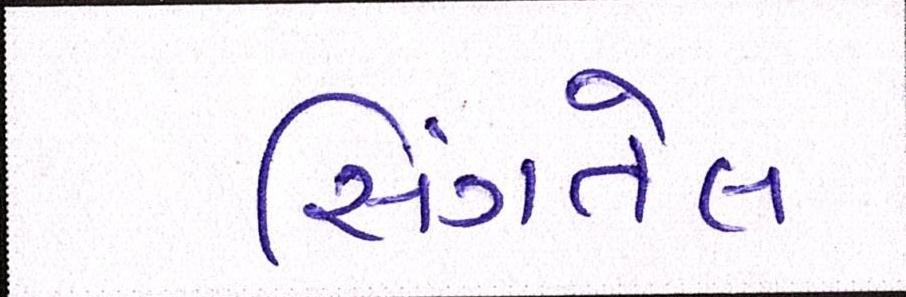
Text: સિંગતેલ